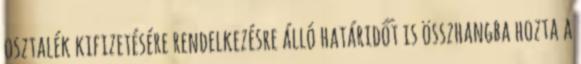
osztalék kifizetésére rendelkezésre álló határidőt is összhangba hozta a